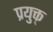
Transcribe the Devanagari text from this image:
प्रयुक्त्